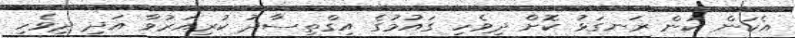
އެކަން ކަން ރަނގަޅު ކޮށް ދިވެހި ގައުމުގެ އިގްތިސާދު ކުރިއަރުވާ އަދި ދިވެހި